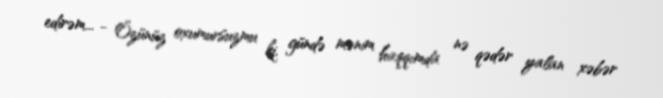
edirəm... - Özünüz oxumursuzmu ki, gündə mənim haqqımda nə qədər yalan xəbər